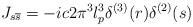
LaTeX: \begin{align*}J_{s \overline{s}} = -ic2\pi^3l_{p}^{3}\delta^{(3)}(r)\delta^{(2)}(s)\end{align*}